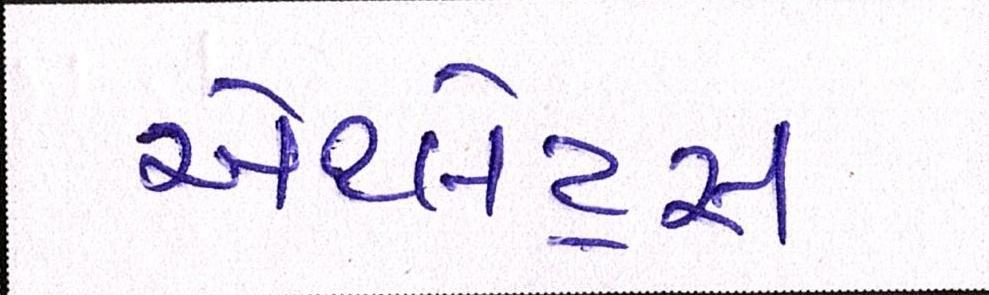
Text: એથ્લેટ્સ